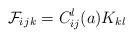
LaTeX: \begin{align*}\mathcal{F}_{i}{}_{jk}=C_{ij}^{l}(a)K_{kl}\end{align*}